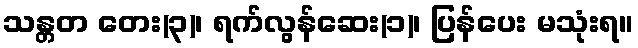
သန္တတ တေး(၃)၊ ရက်လွန်ဆေး(၁)၊ ပြန်ပေး မသုံးရ။